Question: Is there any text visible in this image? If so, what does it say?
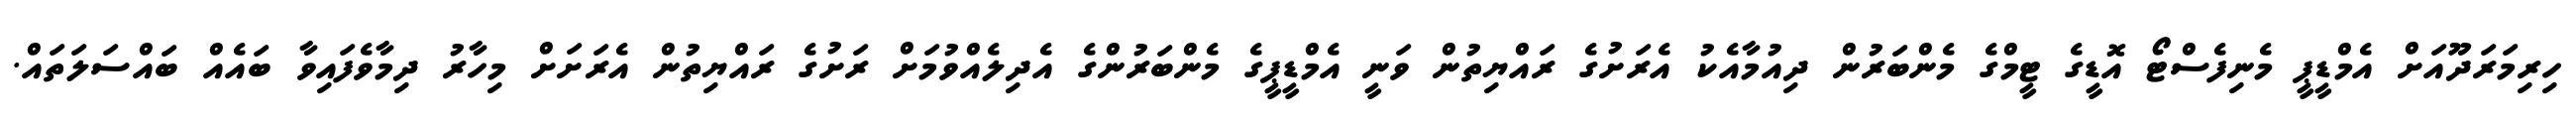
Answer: ހިރިމަރަދޫއަށް އެމްޑީޕީ މެނިފެސްޓޯ އޮޑީގެ ޓީމްގެ މެންބަރުން ދިއުމާއެކު އެރަށުގެ ރައްޔިތުން ވަނީ އެމްޑީޕީގެ މެންބަރުންގެ އެދިލެއްވުމަށް ރަށުގެ ރައްޔިތުން އެރަށަށް މިހާރު ދިމާވެފައިވާ ބައެއް ބައްސަލަތައް.